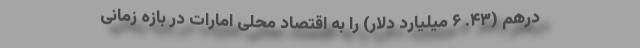
درهم (۴۳. ۶ میلیارد دلار) را به اقتصاد محلی امارات در بازه زمانی